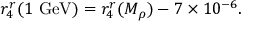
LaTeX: r _ { 4 } ^ { r } ( 1 \mathrm { ~ G e V } ) = r _ { 4 } ^ { r } ( M _ { \rho } ) - 7 \times 1 0 ^ { - 6 } .